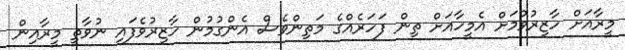
މީރާއަށް ހާޒިރުވުމަށް އެމީހާއަށް ތިން ފަހަރެއްގެ މަތިންވެސް އެންގުމުން ހާޒިރުވެފައި ނުވާތީ މީރާއިން